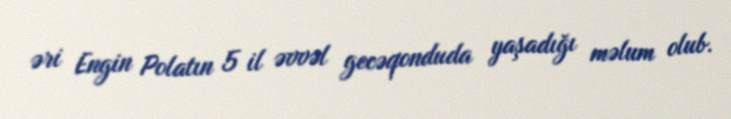
əri Engin Polatın 5 il əvvəl gecəqonduda yaşadığı məlum olub.